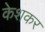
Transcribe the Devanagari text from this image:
केशकर